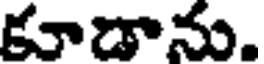
కూడాను.